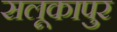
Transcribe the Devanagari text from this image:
सलूकापुर